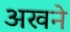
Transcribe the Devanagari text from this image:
अखने